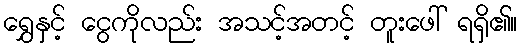
ရွှေနှင့် ငွေကိုလည်း အသင့်အတင့် တူးဖေါ် ရရှိ၏။